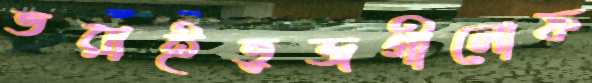
ভরাইভুজগীলোফ